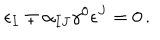
\epsilon _ { I } \mp \alpha _ { I J } \gamma ^ { 0 } \epsilon ^ { J } = 0 \, .